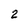
Character: 2